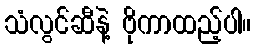
သံလွင်ဆီနဲ့ ဗိုကာထည့်ပါ။